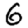
Digit: 6